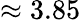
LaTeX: \approx 3.85